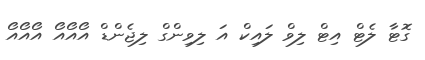
ގޮޓާ ލެޓް އިޓް ލިވް ލައިކް އަ ލިވިންގް ލިޖެންޑް އޯއޯއޯ އޯއޯއޯ